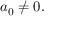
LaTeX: a _ { 0 } \neq 0 .